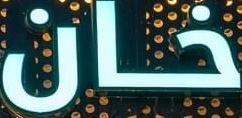
خان